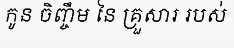
កូន ចិញ្ចឹម នៃ គ្រួសារ របស់